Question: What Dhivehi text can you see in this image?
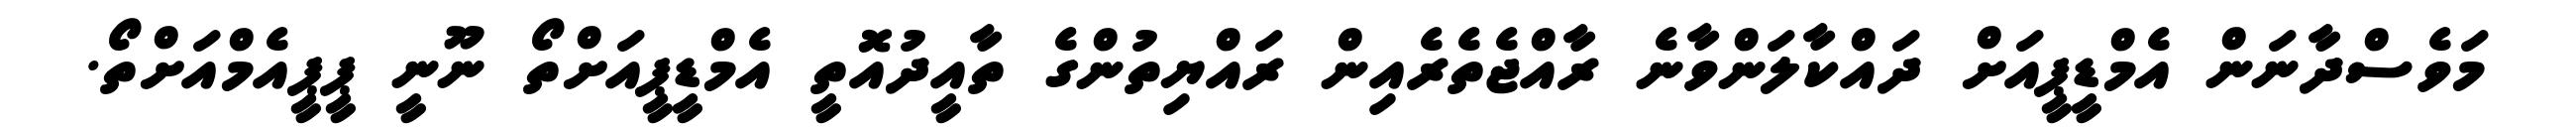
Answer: މަވެސްދާނަން އެމްޑީޕީއަށް ދައްކާލަންވާނެ ރާއްޖެތެރެއިން ރައްޔިތުންގެ ތާއީދުއޮތީ އެމްޑީޕީއަށްތޯ ނޫނީ ޕީޕީއެމްއަށްތޯ.